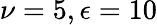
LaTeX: \nu=5,\epsilon=10